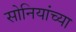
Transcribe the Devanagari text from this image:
सोनियांच्या